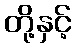
တို့နှင့်